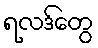
ရလဒ်တွေ